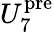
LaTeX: U_{7}^{\mathrm{pre}}